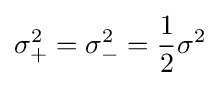
\sigma _{+}^{2}=\sigma _{-}^{2}={\frac {1}{2}}\sigma ^{2}